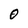
Character: O